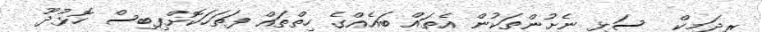
ރިދަމިކް  ސަޅި ނެށުންތަކުން އެތައް ބައެއްގެ ހިތްތައް ފަތަހަކޮށްފިބިސް ހޮޅުދޫ